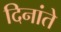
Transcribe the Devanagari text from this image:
दिनांते